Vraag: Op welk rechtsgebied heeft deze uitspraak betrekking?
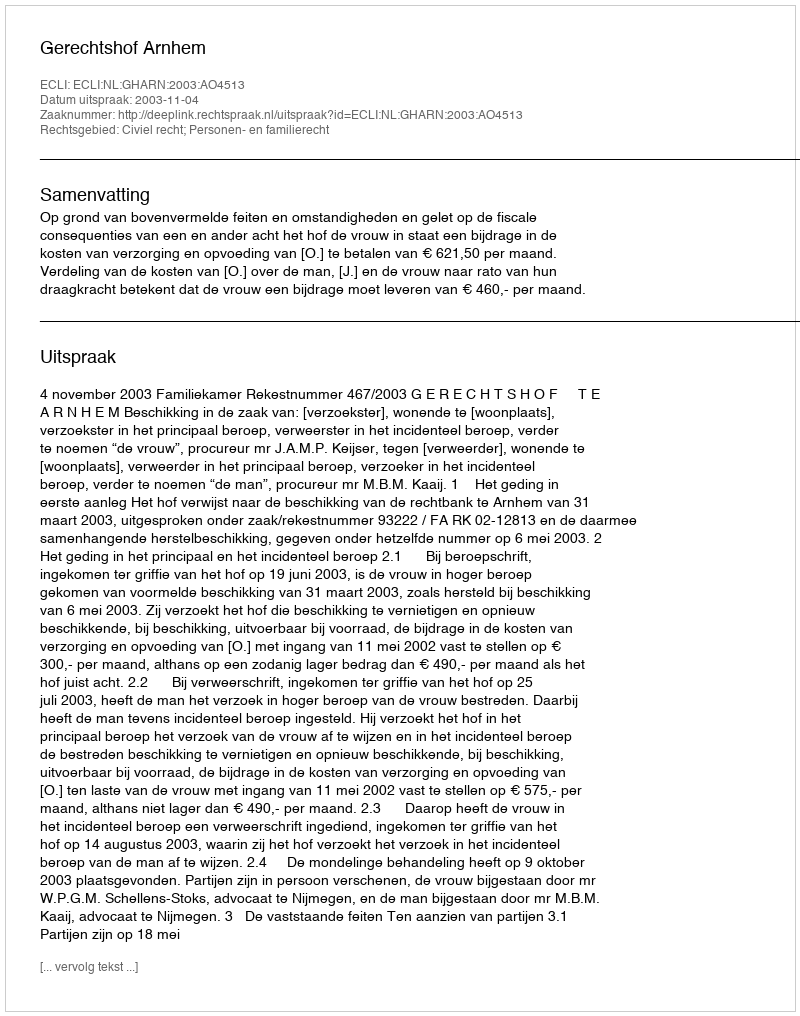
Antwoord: Civiel recht; Personen- en familierecht